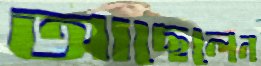
আছেলেন